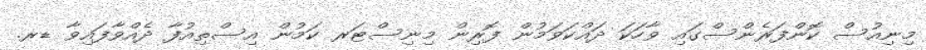
މިނިއުސް ކޮންފަރެންސްގައި ވާހަކަ ދައްކަވަމުން ފޮރިން މިނިސްޓަރ ކަމުން އިސްތިއުފާ ދެއްވާފައިވާ ޑރ.